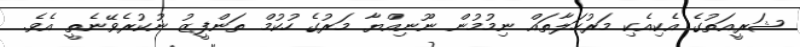
ޝަރީއަތުގެ އެކިއެކި މަރުހަލާތައް ނިމުމުން ނޫނިއްޔާ މަރުގެ ހުކުމް ތަންފީޒު ނުކުރެވޭނެތީ އެވެ.